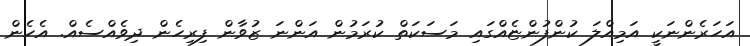
އަހަރެންނަކީ އަމިއްލަ ކުންފުންޏެއްގައި މަސަކަތް ކުރަމުން އަންނަ ޒުވާން ފިރިހެން ދިވެއްސެއް. އެހެން